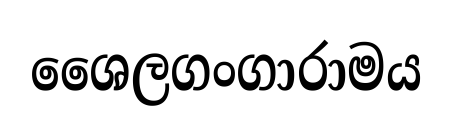
ශෛලගංගාරාමය